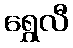
ရွှေလီ